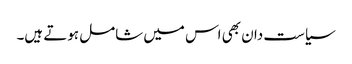
سیاست دان بھی اس میں شامل ہوتے ہیں۔